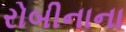
રોબીનાના